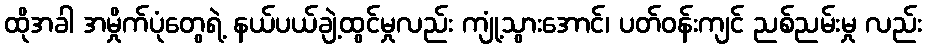
ထိုအခါ အမှိုက်ပုံတွေရဲ့ နယ်ပယ်ချဲ့ထွင်မှုလည်း ကျုံ့သွားအောင်၊ ပတ်ဝန်းကျင် ညစ်ညမ်းမှု လည်း